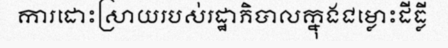
ការដោះស្រាយរបស់រដ្ឋាភិបាលក្នុងជម្លោះដីធ្លី